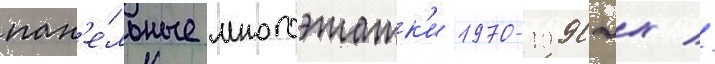
пан'е́льные многоэтажк'и 1970-1990-х //